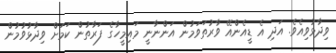
ވިދާޅުވިއެވެ. އަދި އެ ޑީއެންއޭ ވާރުތަވަމުން އަންނާނީ މައިމީހާގެ ފަރާތުން ކަމަށް ވިދާޅުވުމުން